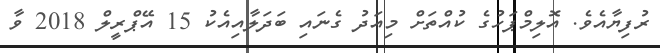
ރުފިޔާއެވެ. އޮލިމްޕަހުގެ ކުއްތަށް މިއަދު ގެނައި ބަދަލާއިއެކު 15 އޭޕްރީލް 2018 ވާ